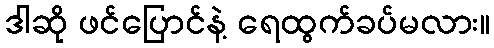
ဒါဆို ဖင်ပြောင်နဲ့ ရေထွက်ခပ်မလား။